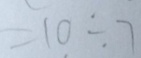
= 1 0 \div 7